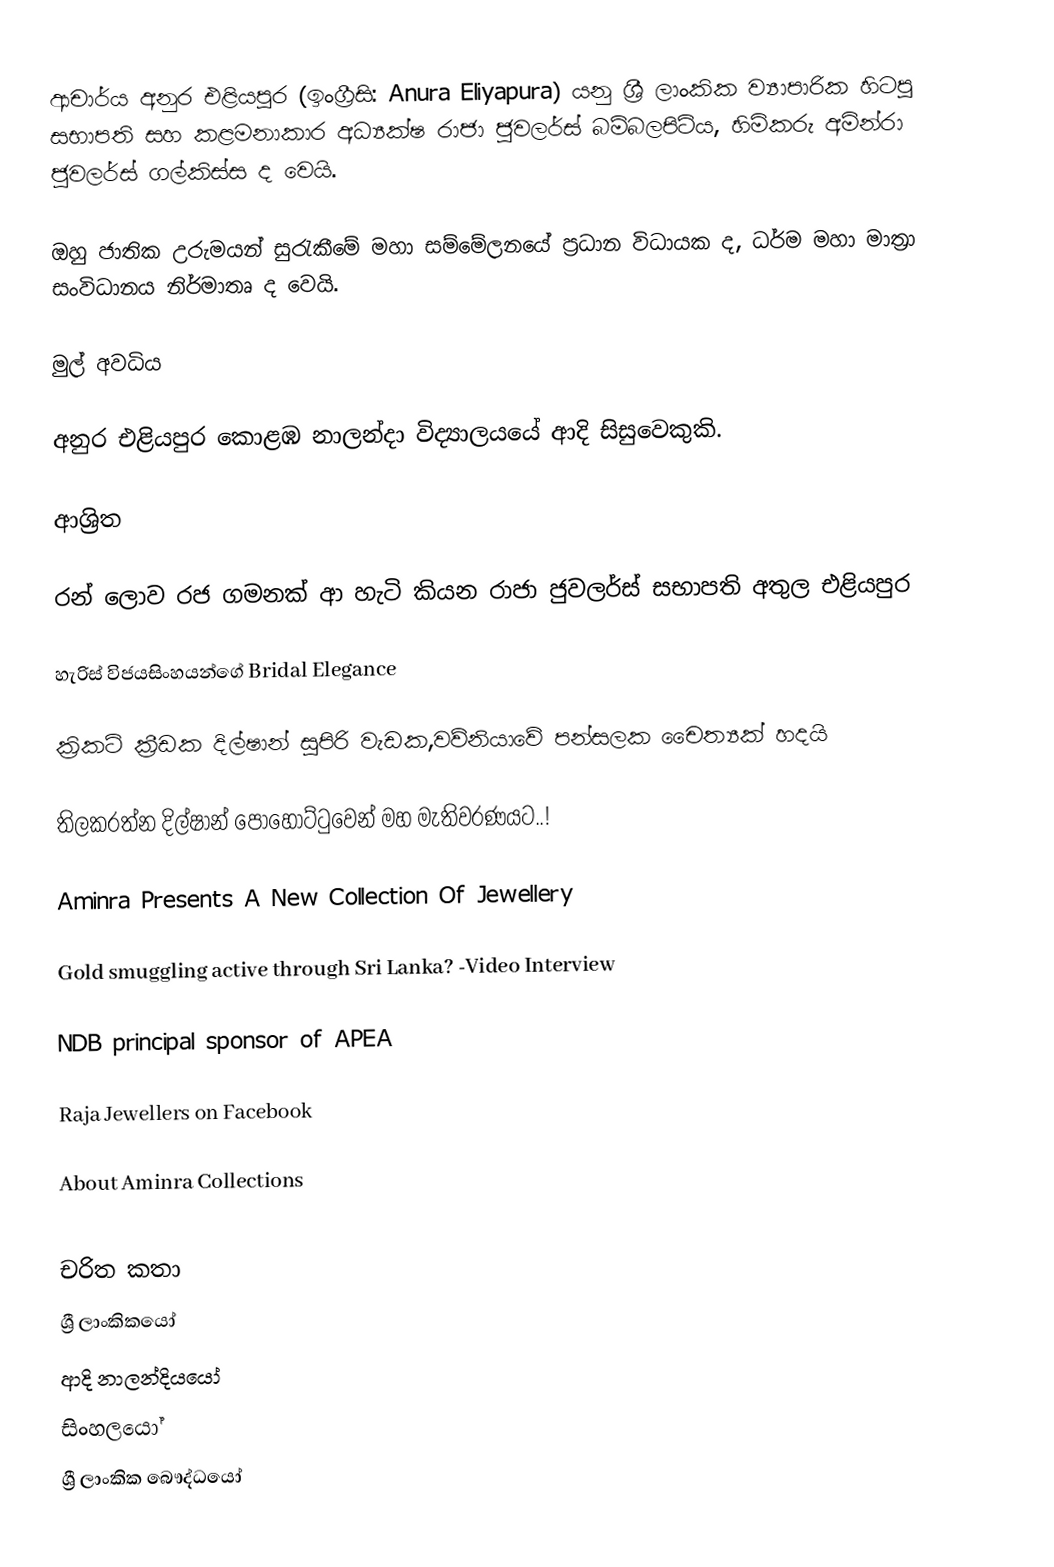
ආචාර්ය අනුර එළියපුර (ඉංග්‍රීසි:  Anura Eliyapura) යනු ශ්‍රී ලාංකික ව්‍යාපාරික හිටපු සභාපති සහ කළමනාකාර අධ්‍යක්ෂ රාජා ජුවලර්ස් බම්බලපිටිය, හිමිකරු අමින්රා ජුවලර්ස් ගල්කිස්ස ද වෙයි.

ඔහු ජාතික උරුමයන් සුරැකීමේ මහා සම්මේලනයේ ප්‍රධාන විධායක ද,  ධර්ම මහා මාත්‍රා සංවිධානය නිර්මාතෘ  ද වෙයි.

මුල් අවධිය

අනුර එළියපුර  කොළඹ නාලන්දා විද්‍යාලයයේ ආදි සිසුවෙකුකි.

ආශ්‍රිත

 රන් ලොව රජ ගමනක් ආ හැටි කියන රාජා ජුවලර්ස් සභාපති අතුල එළියපුර

 හැරිස් විජයසිංහයන්ගේ Bridal Elegance

 ක්‍රිකට් ක්‍රීඩක දිල්ෂාන් සුපිරි වැඩක,වව්නියාවේ පන්සලක චෛත්‍යක් හදයි

 තිලකරත්න දිල්ෂාන් පොහොට්ටුවෙන් මහ මැතිවරණයට..!

 Aminra Presents A New Collection Of Jewellery

 Gold smuggling active through Sri Lanka? -Video Interview

 NDB principal sponsor of APEA

 Raja Jewellers on Facebook

 About Aminra Collections

චරිත කතා
ශ්‍රී ලාංකිකයෝ
ආදි නාලන්දියයෝ
සිංහලයෝ
ශ්‍රී ලාංකික බෞද්ධයෝ